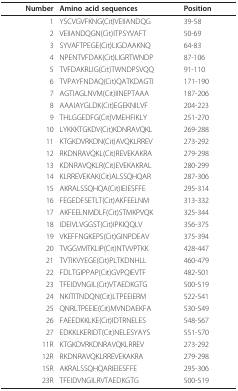
<table><thead><tr><td><b>Number</b></td><td><b>Amino acid sequences </b></td><td><b>Position</b></td></tr></thead><tbody><tr><td>1</td><td>YSCVGVFKNG(Cit)VEIIANDQG</td><td>39-58</td></tr><tr><td>2</td><td>VEIIANDQGN(Cit)ITPSYVAFT</td><td>50-69</td></tr><tr><td>3</td><td>SYVAFTPEGE(Cit)LIGDAAKNQ</td><td>64-83</td></tr><tr><td>4</td><td>NPENTVFDAK(Cit)LIGRTWNDP</td><td>87-106</td></tr><tr><td>5</td><td>TVFDAKRLIG(Cit)TWNDPSVQQ</td><td>91-110</td></tr><tr><td>6</td><td>TVPAYFNDAQ(Cit)QATKDAGTI</td><td>171-190</td></tr><tr><td>7</td><td>AGTIAGLNVM(Cit)IINEPTAAA</td><td>187-206</td></tr><tr><td>8</td><td>AAAIAYGLDK(Cit)EGEKNILVF</td><td>204-223</td></tr><tr><td>9</td><td>THLGGEDFG(Cit)VMEHFIKLY</td><td>251-270</td></tr><tr><td>10</td><td>LYKKKTGKDV(Cit)KDNRAVQKL</td><td>269-288</td></tr><tr><td>11</td><td>KTGKDVRKDN(Cit)AVQKLRREV</td><td>273-292</td></tr><tr><td>12</td><td>RKDNRAVQKL(Cit)REVEKAKRA</td><td>279-298</td></tr><tr><td>13</td><td>KDNRAVQKLR(Cit)EVEKAKRAL</td><td>280-299</td></tr><tr><td>14</td><td>KLRREVEKAK(Cit)ALSSQHQAR</td><td>287-306</td></tr><tr><td>15</td><td>AKRALSSQHQA(Cit)IEIESFFE</td><td>295-314</td></tr><tr><td>16</td><td>FEGEDFSETLT(Cit)AKFEELNM</td><td>313-332</td></tr><tr><td>17</td><td>AKFEELNMDLF(Cit)STMKPVQK</td><td>325-344</td></tr><tr><td>18</td><td>IDEIVLVGGST(Cit)IPKIQQLV</td><td>356-375</td></tr><tr><td>19</td><td>VKEFFNGKEPS(Cit)GINPDEAV</td><td>375-394</td></tr><tr><td>20</td><td>TVGGVMTKLIP(Cit)NTVVPTKK</td><td>428-447</td></tr><tr><td>21</td><td>TVTIKVYEGE(Cit)PLTKDNHLL</td><td>460-479</td></tr><tr><td>22</td><td>FDLTGIPPAP(Cit)GVPQIEVTF</td><td>482-501</td></tr><tr><td>23</td><td>TFEIDVNGIL(Cit)VTAEDKGTG</td><td>500-519</td></tr><tr><td>24</td><td>NKITITNDQN(Cit)LTPEEIERM</td><td>522-541</td></tr><tr><td>25</td><td>QNRLTPEEIE(Cit)MVNDAEKFA</td><td>530-549</td></tr><tr><td>26</td><td>FAEEDKKLKE(Cit)IDTRNELES</td><td>548-567</td></tr><tr><td>27</td><td>EDKKLKERIDT(Cit)NELESYAYS</td><td>551-570</td></tr><tr><td>11R</td><td>KTGKDVRKDNRAVQKLRREV</td><td>273-292</td></tr><tr><td>12R</td><td>RKDNRAVQKLRREVEKAKRA</td><td>279-298</td></tr><tr><td>15R</td><td>AKRALSSQHQARIEIESFFE</td><td>295-306</td></tr><tr><td>23R</td><td>TFEIDVNGILRVTAEDKGTG</td><td>500-519</td></tr></tbody></table>